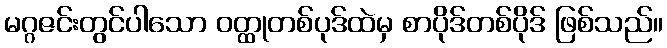
မဂ္ဂဇင်းတွင်ပါသော ဝတ္ထုတစ်ပုဒ်ထဲမှ စာပိုဒ်တစ်ပိုဒ် ဖြစ်သည်။